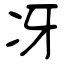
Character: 冴